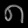
Digit: ၈